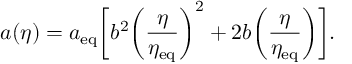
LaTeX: a ( \eta ) = a _ { \mathrm { e q } } \biggl [ b ^ { 2 } \biggl ( \frac { \eta } { \eta _ { \mathrm { e q } } } \biggr ) ^ { 2 } + 2 b \biggl ( \frac { \eta } { \eta _ { \mathrm { e q } } } \biggr ) \biggr ] .